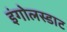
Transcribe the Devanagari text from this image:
इंगोलस्डाट